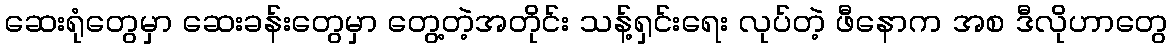
ဆေးရုံတွေမှာ ဆေးခန်းတွေမှာ တွေ့တဲ့အတိုင်း သန့်ရှင်းရေး လုပ်တဲ့ ဖီနောက အစ ဒီလိုဟာတွေ